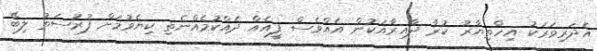
އެދަރިވަރަކު އިހްތިޔާރު ކުރާ ދާއިރާއަކުން އެއްވެސް ފީއެއް ދެއްކުމެއްނެތި ކިޔެވުމަށް ފުރުސަތު ލިބޭ